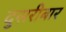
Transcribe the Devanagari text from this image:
दुसरीबार